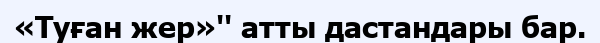
«Туған жер»'' атты дастандары бар.